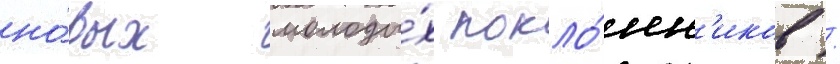
но́вых молоды́х покло́нн'иков /